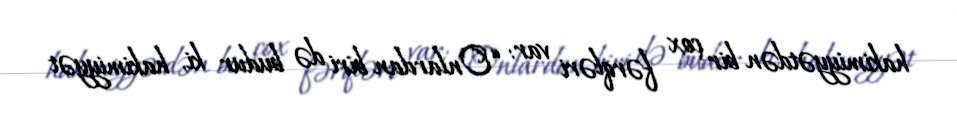
hakimiyyətdən bir çox fərqləri var: “Onlardan biri də budur ki, hakimiyyət